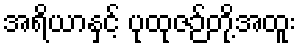
အရိယာနှင့် ပုထုဇဉ်တို့အထူး